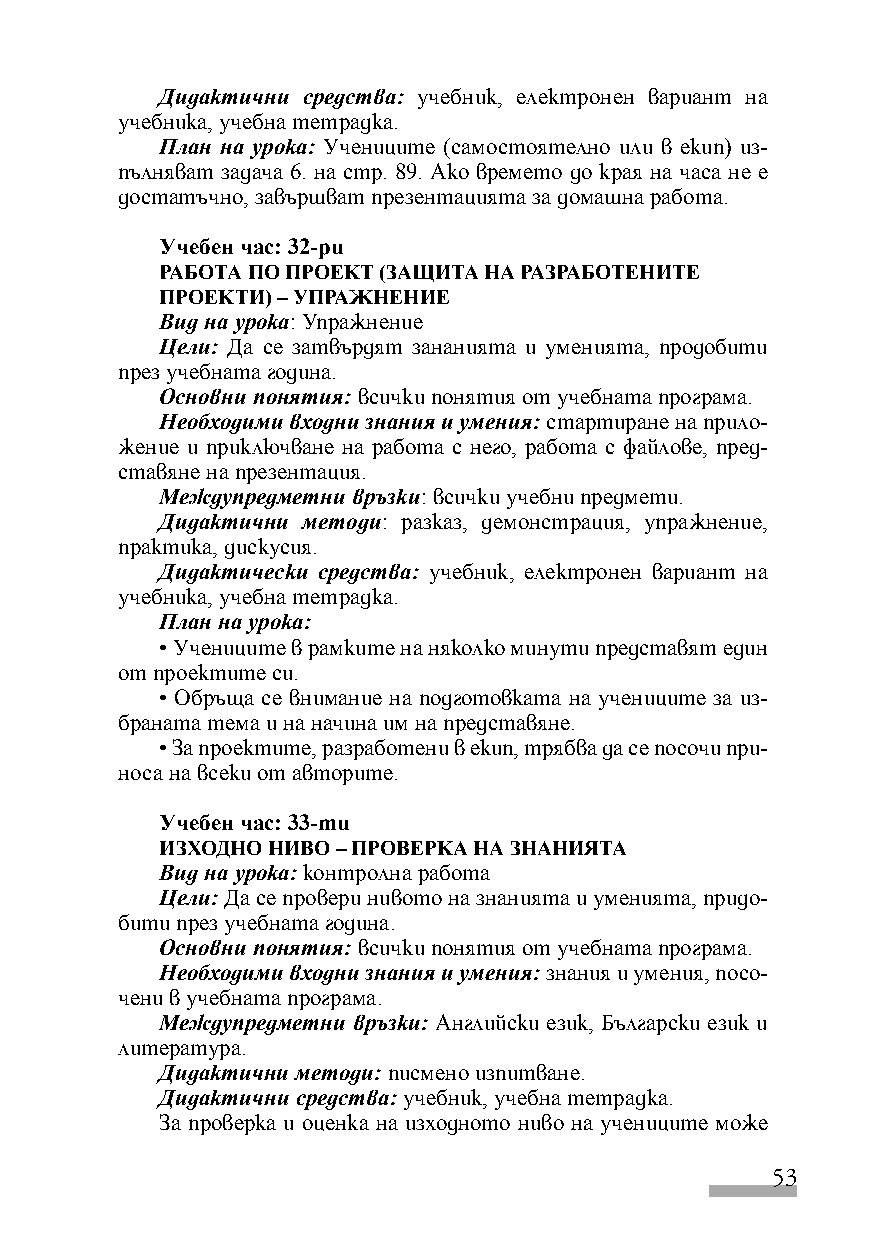
Дидактични средства: учебник, електронен вариант на
 учебника, учебна тетрадка.
 План на урока: Учениците (самостоятелно или в екип) из-
 пълняват задача 6. на стр. 89. Ако времето до края на часа не е
 достатъчно, завършват презентацията за домашна работа.
 Учебен час: 32-ри
 РАБОТА ПО ПРОЕКТ (ЗАЩИТА НА РАЗРАБОТЕНИТЕ
 ПРОЕКТИ) – УПРАЖНЕНИЕ
 Вид на урока: Упражнение
 Цели: Да се затвърдят зананията и уменията, продобити
 през учебната година.
 Основни понятия: всички понятия от учебната програма.
 Необходими входни знания и умения: стартиране на прило-
 жение и приключване на работа с него, работа с файлове, пред-
 ставяне на презентация.
 Междупредметни връзки: всички учебни предмети.
 Дидактични методи: разказ, демонстрация, упражнение,
 практика, дискусия.
 Дидактически средства: учебник, електронен вариант на
 учебника, учебна тетрадка.
 План на урока:
 • Учениците в рамките на няколко минути представят един
 от проектите си.
 • Обръща се внимание на подготовката на учениците за из-
 браната тема и на начина им на представяне.
 • За проектите, разработени в екип, трябва да се посочи при-
 носа на всеки от авторите.
 Учебен час: 33-ти
 ИЗХОДНО НИВО – ПРОВЕРКА НА ЗНАНИЯТА
 Вид на урока: контролна работа
 Цели: Да се провери нивото на знанията и уменията, придо-
 бити през учебната година.
 Основни понятия: всички понятия от учебната програма.
 Необходими входни знания и умения: знания и умения, посо-
 чени в учебната програма.
 Междупредметни връзки: Английски език, Български език и
 литература.
 Дидактични методи: писмено изпитване.
 Дидактични средства: учебник, учебна тетрадка.
 За проверка и оценка на изходното ниво на учениците може
 53